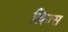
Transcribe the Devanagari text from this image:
लिज्स